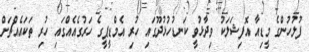
ފުލުހުންގެ މީޑިއާ އޮފިޝަލަކު ވިދާޅުވީ ކަނޑުހުޅުދޫގައި ހުރި އެމްޑީޕީގެ ހަރުގެއެއްގައި ހުރި ތަކައެއްޗަށް